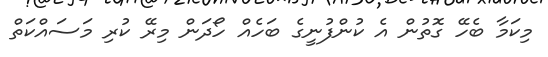
މިކަމާ ބެހޭ ގޮތުން އެ ކުންފުނީގެ ބަހެއް ހޯދަން މިރޭ ކުރި މަސައްކަތް